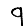
Digit: 9